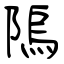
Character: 隖